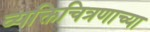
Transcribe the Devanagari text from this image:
व्यक्तिचित्रणाच्या